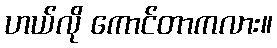
ဟယ်လို ကောင်တာကလား။